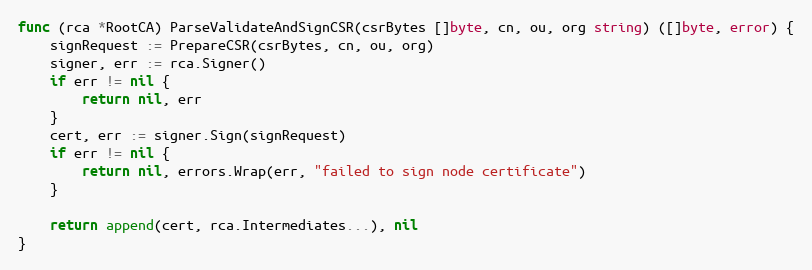
Language: Go
func (rca *RootCA) ParseValidateAndSignCSR(csrBytes []byte, cn, ou, org string) ([]byte, error) {
	signRequest := PrepareCSR(csrBytes, cn, ou, org)
	signer, err := rca.Signer()
	if err != nil {
		return nil, err
	}
	cert, err := signer.Sign(signRequest)
	if err != nil {
		return nil, errors.Wrap(err, "failed to sign node certificate")
	}

	return append(cert, rca.Intermediates...), nil
}